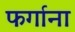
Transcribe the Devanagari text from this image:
फर्गाना